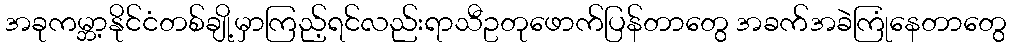
အခုကမ္ဘာ့နိုင်ငံတစ်ချို့မှာကြည့်ရင်လည်းရာသီဥတုဖောက်ပြန်တာတွေ အခက်အခဲကြုံနေတာတွေ